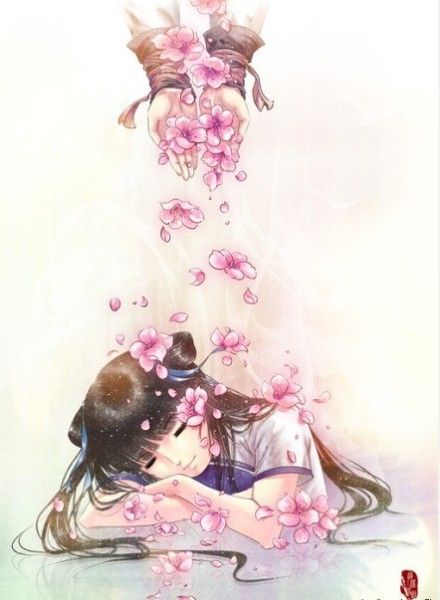
可怜日暮嫣香落，嫁与春风不用媒。